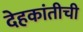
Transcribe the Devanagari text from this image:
देहकांतीची